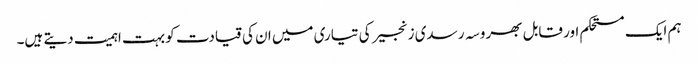
ہم ایک مستحکم اور قابل بھروسہ رسدی زنجیر کی تیاری میں ان کی قیادت کو بہت اہمیت دیتے ہیں۔